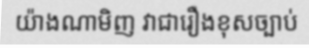
យ៉ាងណាមិញ វាជារឿងខុសច្បាប់